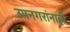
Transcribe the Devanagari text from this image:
उपनगरांनाही